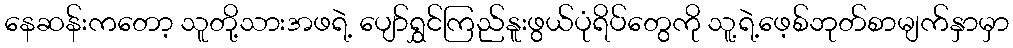
နေဆန်းကတော့ သူတို့သားအဖရဲ့ ပျော်ရွှင်ကြည်နူးဖွယ်ပုံရိပ်တွေကို သူ့ရဲ့ဖေ့စ်ဘုတ်စာမျက်နှာမှာ